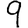
Digit: 9